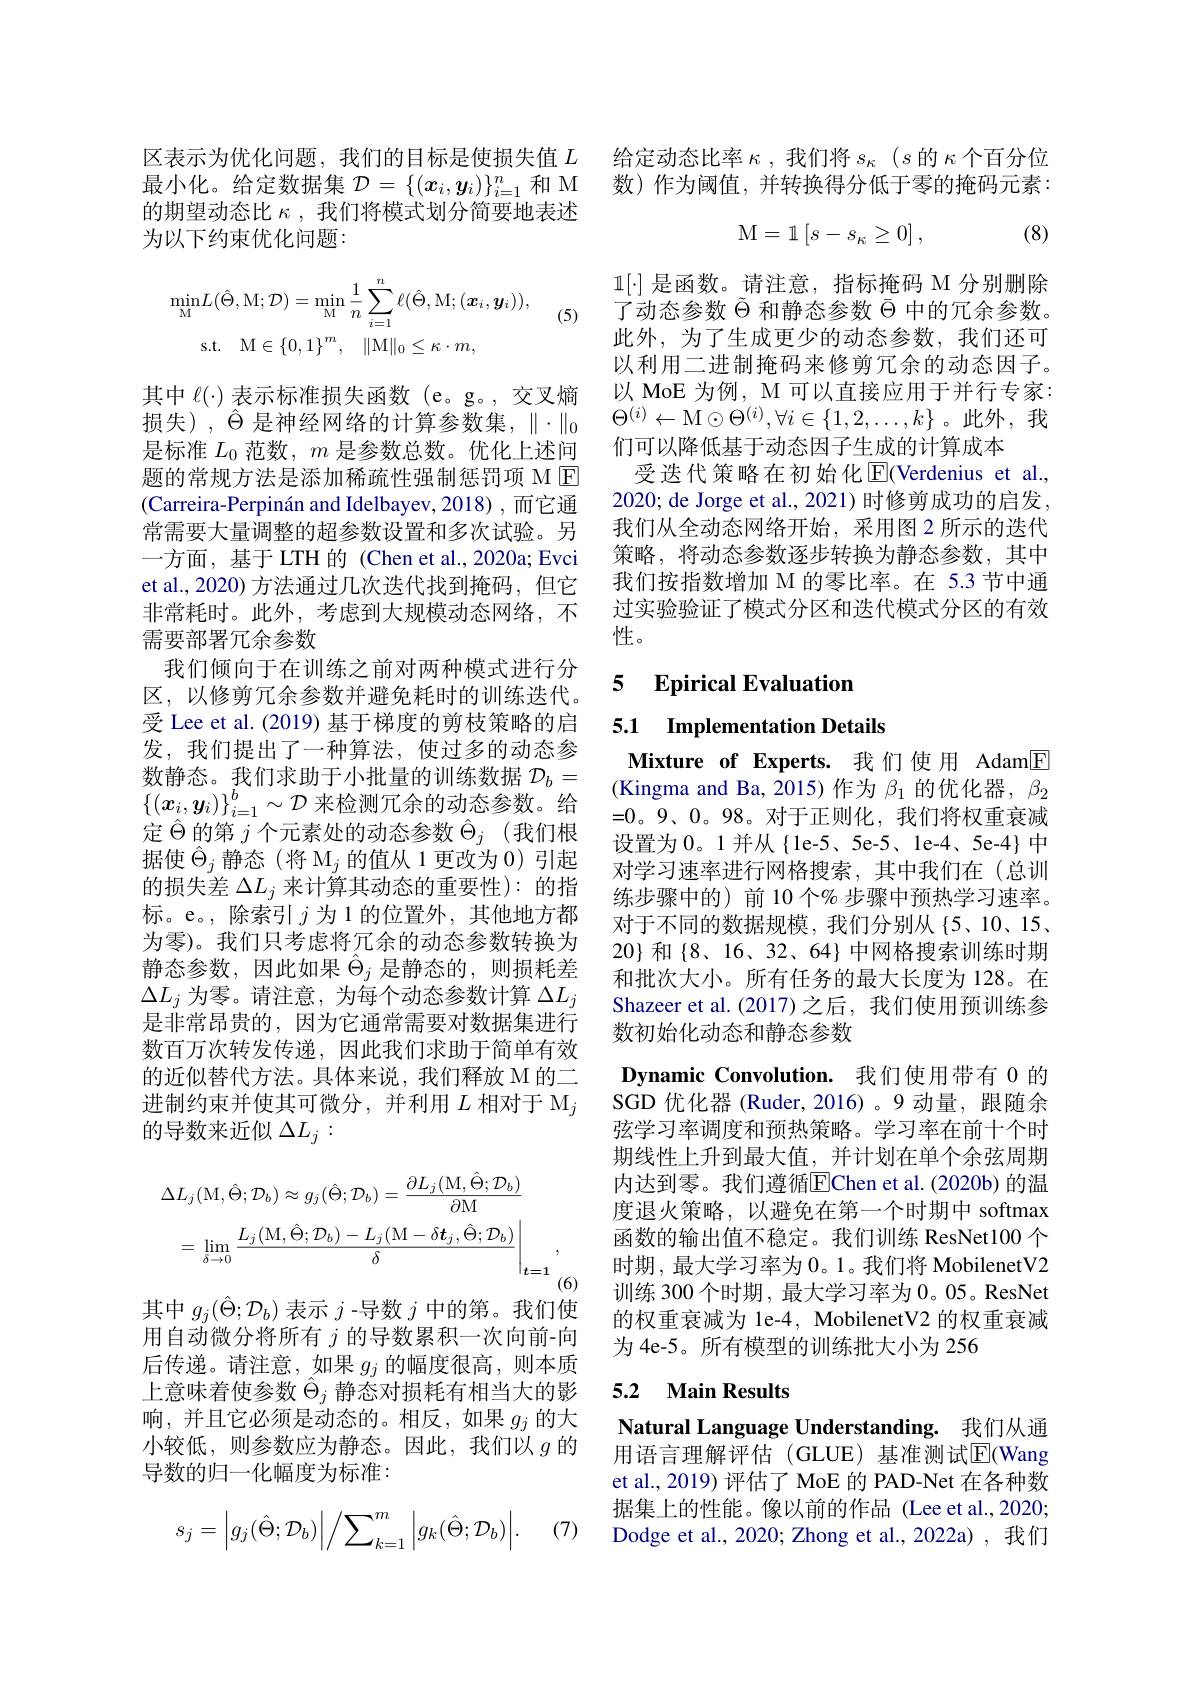
的期望动态比$\kappa$,我们将模式划分简要地表述
为以下约束优化问题：

(5)
$$\begin{aligned}\min_{\mathrm{M}}L(\hat{\Theta},\mathrm{M};\mathcal{D})&=\min_{\mathrm{M}}\frac{1}{n}\sum_{i=1}^{n}\ell(\hat{\Theta},\mathrm{M};(\boldsymbol{x}_{i},\boldsymbol{y}_{i})),\\\mathrm{s.t.}\quad\mathrm{M}&\in\{0,1\}^{m},\quad\|\mathrm{M}\|_{0}\leq\kappa\cdot m,\end{aligned}$$
其中$\ell(\cdot)$表示标准损失函数 (e。g。,交叉熵损失),$\hat{\Theta}$是神经网络的计算参数集，$\|\cdot\|_0$ 是标准$L_{0}$范数，$m$是参数总数。优化上述问题的常规方法是添加稀疏性强制惩罚项 M E (Carreira-Perpinán and Idelbayev, 2018),而它通常需要大量调整的超参数设置和多次试验。另一方面，基于 LTH 的 (Chen et al.,2020a; Evci et al., 2020) 方法通过几次迭代找到掩码，但它非常耗时。此外，考虑到大规模动态网络，不需要部署冗余参数
我们倾向于在训练之前对两种模式进行分区，以修剪冗余参数并避免耗时的训练迭代。受 Lee et al. (2019) 基于梯度的剪枝策略的启发，我们提出了一种算法，使过多的动态参数静态。我们求助于小批量的训练数据$\mathcal{D}_b=$ $\{(\boldsymbol{x}_i,\boldsymbol{y}_i)\}_{i=1}^b\sim\mathcal{D}$来检测冗余的动态参数。给定$\hat{\Theta}$的第$j$ 个 元 素 处 的 动 态 参 数 $\hat{\Theta } _j$ (我们根据使$\hat{\Theta}_j$静态 (将 M$_j$的值从 1 更改为 0) 引起的损失差$\Delta L_j$来计算其动态的重要性): 的指标。e。,除索引$j$为1的位置外，其他地方都为零)。我们只考虑将冗余的动态参数转换为静态参数，因此如果$\hat{\Theta}_j$是静态的，则损耗差$\Delta L_{j}$为零。请注意，为每个动态参数计算$\Delta L_j$ 是非常昂贵的，因为它通常需要对数据集进行数百万次转发传递，因此我们求助于简单有效的近似替代方法。具体来说，我们释放 M 的二进制约束并使其可微分，并利用$L\text{ 相对于 M}_j$ 的导数来近似$\Delta L_j:$
$$\Delta L_{j}(\mathrm{M},\hat{\Theta};\mathcal{D}_{b})\approx g_{j}(\hat{\Theta};\mathcal{D}_{b})=\frac{\partial L_{j}(\mathrm{M},\hat{\Theta};\mathcal{D}_{b})}{\partial\mathrm{M}}\\=\lim_{\delta\to0}\frac{L_{j}(\mathrm{M},\hat{\Theta};\mathcal{D}_{b})-L_{j}(\mathrm{M}-\delta\boldsymbol{t}_{j},\hat{\Theta};\mathcal{D}_{b})}{\delta}\Bigg|_{t=1},$$
其中$g_{j}(\hat{\Theta};\mathcal{D}_{b})$表示$j$ -导数$j$中的第。我们使用自动微分将所有$j$的导数累积一次向前-向后传递。请注意，如果$g_j$的幅度很高，则本质上意味着使参数$\hat{\Theta}_j$静态对损耗有相当大的影响，并且它必须是动态的。相反，如果$g_j$的大小较低，则参数应为静态。因此，我们以$g$的导数的归一化幅度为标准：

(7)
$$s_j=\Big|g_j(\hat{\Theta};\mathcal{D}_b)\Big|\Big/\sum_{k=1}^m\Big|g_k(\hat{\Theta};\mathcal{D}_b)\Big|.$$
区表示为优化问题，我们的目标是使损失值$L$给定动态比率$\kappa$,我们将$s_\kappa(s$的$\kappa$个百分位最小化。给定数据集$\mathcal{D}=\{(\boldsymbol{x}_i,\boldsymbol{y}_i)\}_{i=1}^n$和 M 数)作为阈值，并转换得分低于零的掩码元素：
$$\mathrm M=\mathbb1\left[s-s_\kappa\ge0\right],$$
(8)

$1[\cdot]$是函数。请注意，指标掩码 M 分别删除了动态参数$\tilde{\Theta}$和静态参数$\bar{\Theta}$中的冗余参数。此外，为了生成更少的动态参数，我们还可以利用二进制掩码来修剪冗余的动态因子。以 MoE 为例，M 可以直接应用于并行专家： $\Theta^{(i)}\leftarrow$M$\odot\Theta^(i),\forall i\in\{1,2,\ldots,k\}$。此外，我们可以降低基于动态因子生成的计算成本
受迭代策略在初始化$\operatorname{E}($Verdenius et al., 2020; de Jorge et al., 2021) 时修剪成功的启发， 我们从全动态网络开始，采用图 2 所示的迭代策略，将动态参数逐步转换为静态参数，其中我们按指数增加 M 的零比率。在 5.3 节中通过实验验证了模式分区和迭代模式分区的有效性。

5 $\textbf{Epirical Evaluation}$

5.1 Implementation Details

Mixture of Experts. 我们使用 Adam$\boxed{\mathrm{F}}$ (Kingma and Ba, 2015) 作为$\beta_1$的优化器，$\beta_2$ $=0。9、0。98$。对于正则化，我们将权重衰减设置为0。1 并从 {1e-5、5e-5、le-4、5e-4}中对学习速率进行网格搜索，其中我们在(总训练步骤中的)前 10 个% 步骤中预热学习速率。对于不同的数据规模，我们分别从{5、10、15、} 20} 和$\{8、16、32、64\}$中网格搜索训练时期和批次大小。所有任务的最大长度为 128。在Shazeer et al.(2017)之后，我们使用预训练参数初始化动态和静态参数

Dynamic Convolution. 我们使用带有 0 的SGD 优化器 (Ruder,2016)。9 动量，跟随余弦学习率调度和预热策略。学习率在前十个时期线性上升到最大值，并计划在单个余弦周期内达到零。我们遵循$\overline{\mathrm{F}}$Chen et al.(2020b)的温度退火策略，以避免在第一个时期中 softmax 函数的输出值不稳定。我们训练 ResNet100个时期，最大学习率为 0。1。我们将 MobilenetV2训练 300 个时期 , 最大学习率为 0。05。ResNet 的权重衰减为 1e-4, MobilenetV2 的权重衰减为 4e-5。所有模型的训练批大小为 256

### 5.2 Main Results

Natural Language Understanding. 我们从通用语言理解评估(GLUE)基准测试$\overline{\mathrm{E}}$(Wang et al., 2019) 评估了 MoE 的 PAD-Net 在各种数据集上的性能。像以前的作品 (Lee et al.,2020; Dodge et al., 2020; Zhong et al., 2022a) , 我们